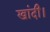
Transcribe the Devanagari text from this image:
खांदी।